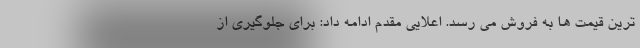
ترین قیمت ها به فروش می رسد. اعلایی مقدم ادامه داد: برای جلوگیری از